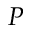
P